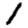
Digit: 1